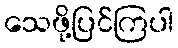
သေဖို့ပြင်ကြပါ